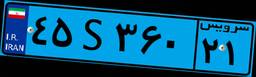
۲۴S۳۶۶۱۹